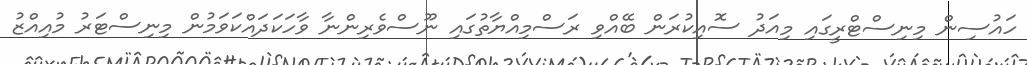
ހައުސިން މިނިސްޓްރީގައި މިއަދު ސޮއިކުރަން ބޭއްވި ރަސްމިއްޔާތުގައި ނޫސްވެރިންނާ ވާހަކަދައްކަވަމުން މިނިސްޓަރު މުއިއްޒު